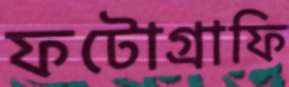
ফটোগ্রাফি